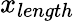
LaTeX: x_{length}